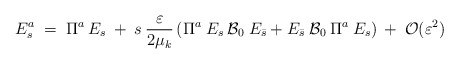
\begin{align*}E^a_s \;=\; \Pi^a\:E_s \:+\: s\: \frac{\varepsilon}{2 \mu_k}\left( \Pi^a\:E_s\: {\cal{B}}_0\: E_{\bar{s}} + E_{\bar{s}}\:{\cal{B}}_0\: \Pi^a\:E_s \right) \:+\: {\cal{O}}(\varepsilon^2)\end{align*}